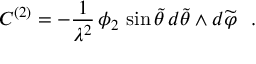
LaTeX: C ^ { ( 2 ) } = - \frac { 1 } { \lambda ^ { 2 } } \, \phi _ { 2 } \, \sin { \widetilde \theta } \, d { \widetilde \theta } \wedge d { \widetilde \varphi } ~ ~ .